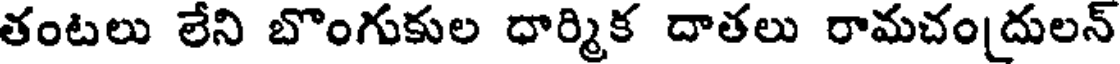
తంటలు లేని బొంగుకుల ధార్మిక దాతలు రామచం[దులన్